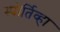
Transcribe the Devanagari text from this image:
स्पोर्तिव्हा